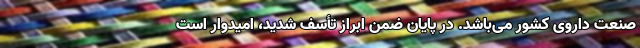
صنعت داروی کشور می‌باشد. در پایان ضمن ابراز تأسف شدید، امیدوار است